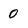
Character: 0